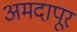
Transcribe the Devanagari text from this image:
अमदापूर